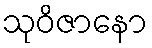
သုဝိဇာနော